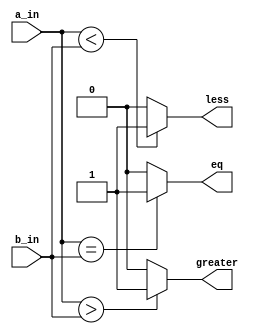
`timescale 1ns / 1ps
//////////////////////////////////////////////////////////////////////////////////
// Company: 
// Engineer: 
// 
// Design Name: 
// Module Name: comp1
// Project Name: 
// Target Devices: 
// Tool Versions: 
// Description: 
// 
// Dependencies: 
// 
// Revision:
// Revision 0.01 - File Created
// Additional Comments:
// 
//////////////////////////////////////////////////////////////////////////////////


module comp1(less,greater,eq,a_in,b_in);
output less,greater,eq;
input [0:3]a_in,b_in;
reg less,greater,eq;
always@(a_in or b_in)
begin 
if (a_in<b_in)
 less=1'b1;
else
  less=1'b0; 
if (a_in>b_in)
  greater=1'b1;
else
  greater=1'b0; 
if (a_in==b_in)
   eq=1'b1;
else
   eq=1'b0;
   end 
 endmodule